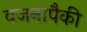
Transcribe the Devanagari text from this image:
वजनापैकी